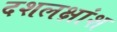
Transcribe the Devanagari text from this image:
दशलक्षांश